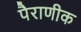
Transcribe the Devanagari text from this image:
पैराणीक